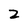
Character: 2